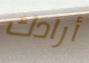
أرادك